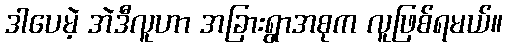
ဒါပေမဲ့ အဲဒီလူဟာ အခြားရွာအစုက လူဖြစ်ရမယ်။